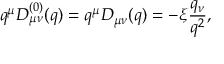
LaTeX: q ^ { \mu } D _ { \mu \nu } ^ { ( 0 ) } ( q ) = q ^ { \mu } D _ { \mu \nu } ( q ) = - \xi { \frac { q _ { \nu } } { q ^ { 2 } } } ,